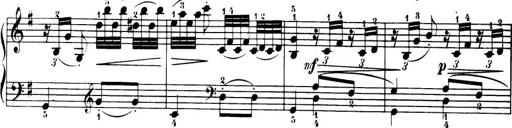
Title: 32 Sonatinas and Rondos for the Piano
Composer: Richard Kleinmichel